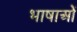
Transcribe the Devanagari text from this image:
भाषाओें